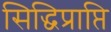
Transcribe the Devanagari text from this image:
सिद्धिप्राप्ति